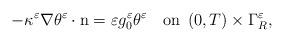
LaTeX: \begin{align*}-\kappa^{\varepsilon}\nabla\theta^{\varepsilon}\cdot\mbox{n}=\varepsilon g_0^{\varepsilon} \theta^{\varepsilon}\quad\mbox{on}\;\left(0,T\right)\times\Gamma_{R}^{\varepsilon},\end{align*}